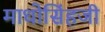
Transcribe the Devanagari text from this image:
माधोसिंहजी